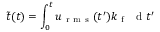
\tilde { t } ( t ) = \int _ { 0 } ^ { t } u _ { \mathrm { ~ r ~ m ~ s ~ } } ( t ^ { \prime } ) k _ { \mathrm { ~ f ~ } } \ \mathrm { ~ d ~ } t ^ { \prime }